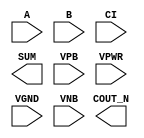
module sky130_fd_sc_ms__fahcon (
    //# {{data|Data Signals}}
    input  A     ,
    input  B     ,
    input  CI    ,
    output COUT_N,
    output SUM   ,

    //# {{power|Power}}
    input  VPB   ,
    input  VPWR  ,
    input  VGND  ,
    input  VNB
);
endmodule